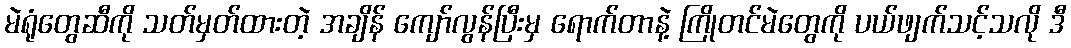
မဲရုံတွေဆီကို သတ်မှတ်ထားတဲ့ အချိန် ကျော်လွန်ပြီးမှ ရောက်တာနဲ့ ကြိုတင်မဲတွေကို ပယ်ဖျက်သင့်သလို ဒီ